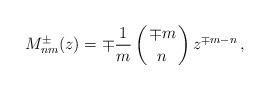
LaTeX: \begin{align*}M^\pm_{nm}(z)=\mp{1\over m}\left({\mp m\atop n}\right) z^{\mp m-n}\,,\end{align*}